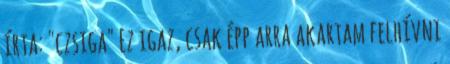
írta: "czsiga" Ez igaz, csak épp arra akartam felhívni